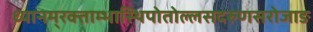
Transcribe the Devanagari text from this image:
ध्यानम्‌रक्ताम्भास्थिपोतोल्लसदरुणसरोजाङ